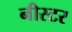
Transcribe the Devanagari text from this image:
नीस्टर